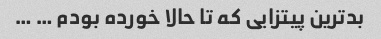
بدترین پیتزایی که تا حالا خورده بودم … …